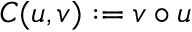
C ( u , v ) : = v \circ u